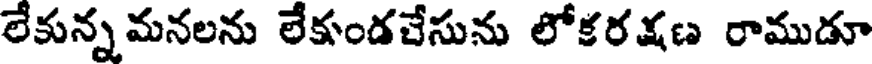
లేకున్నమనలను లేకుండచేసును లోకరక్షణ రాముడూ